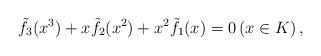
LaTeX: \begin{align*}\tilde{f}_3(x^3)+x\tilde{f}_2(x^2)+x^2\tilde{f}_1(x)=0 \left(x\in K\right),\end{align*}